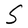
Character: S